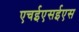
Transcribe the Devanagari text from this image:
एचईएसईएस